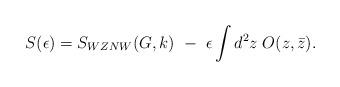
LaTeX: \begin{align*}S(\epsilon)=S_{WZNW}(G,k)~-~\epsilon\int d^2z\;O(z,\bar z).\end{align*}